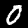
Digit: 0